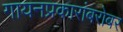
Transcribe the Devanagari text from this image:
गायनप्रकारांबरोबर